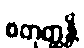
စတုတ္ထန္တိ